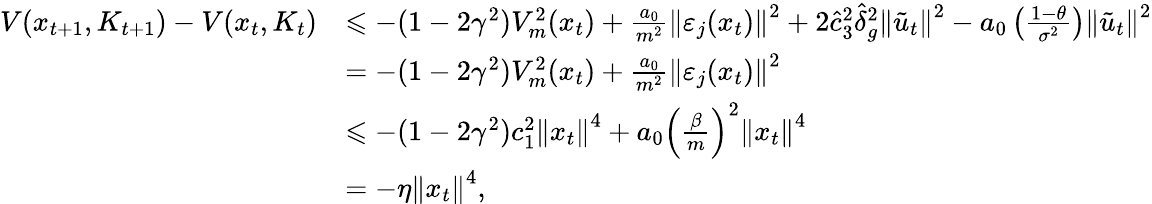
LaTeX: \begin{array}{rl}{V(x_{t+1},K_{t+1})-V(x_{t},K_{t})}&{\leqslant-(1-2\gamma^{2})V_{m}^{2}(x_{t})+\frac{a_{0}}{m^{2}}\left\| \varepsilon_{j}(x_{t})\right\| ^{2}+2\hat{c}_{3}^{2}\hat{\delta}_{g}^{2}\left\| \tilde{u}_{t}\right\| ^{2}-a_{0}\left(\frac{1-\theta}{\sigma^{2}}\right)\left\| \tilde{u}_{t}\right\| ^{2}}\\ &{=-(1-2\gamma^{2})V_{m}^{2}(x_{t})+\frac{a_{0}}{m^{2}}\left\| \varepsilon_{j}(x_{t})\right\| ^{2}}\\ &{\leqslant-(1-2\gamma^{2})c_{1}^{2}\left\| x_{t}\right\| ^{4}+a_{0}\left(\frac{\beta}{m}\right)^{2}\left\| x_{t}\right\| ^{4}}\\ &{=-\eta\left\| x_{t}\right\| ^{4},}\end{array}